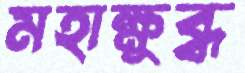
মহাক্ষুব্ধ